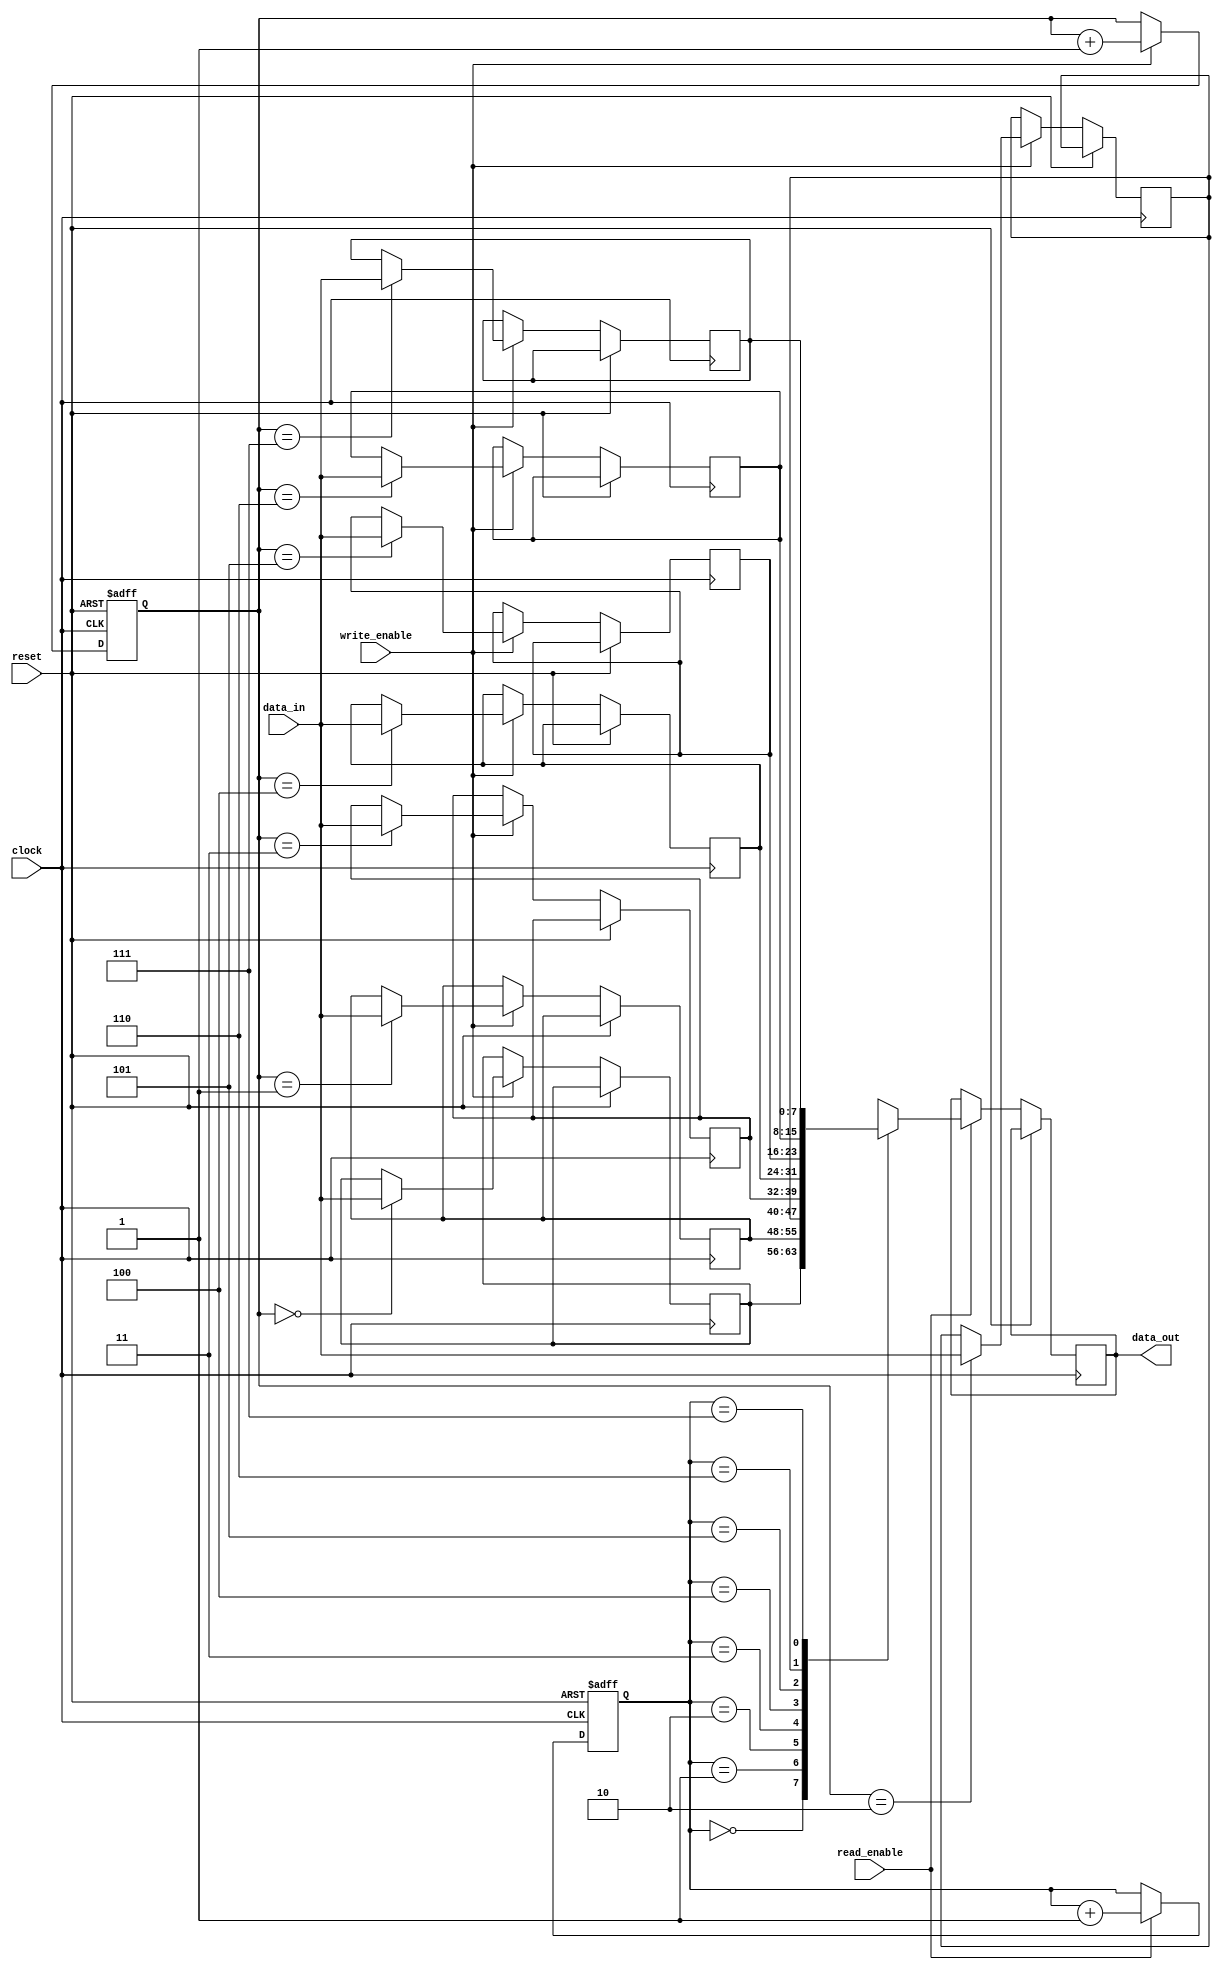
module fifo_buffer (
  input wire clock,
  input wire reset,
  input wire write_enable,
  input wire read_enable,
  input wire [7:0] data_in,
  output reg [7:0] data_out
);

reg [7:0] fifo [7:0]; // 8x8 FIFO buffer
reg [2:0] write_pointer;
reg [2:0] read_pointer;

always @(posedge clock or posedge reset) begin
  if (reset) begin
    write_pointer <= 3'b000;
    read_pointer <= 3'b000;
  end else begin
    if (write_enable) begin
      fifo[write_pointer] <= data_in;
      write_pointer <= write_pointer + 1;
    end
    
    if (read_enable) begin
      data_out <= fifo[read_pointer];
      read_pointer <= read_pointer + 1;
    end
  end
end

endmodule